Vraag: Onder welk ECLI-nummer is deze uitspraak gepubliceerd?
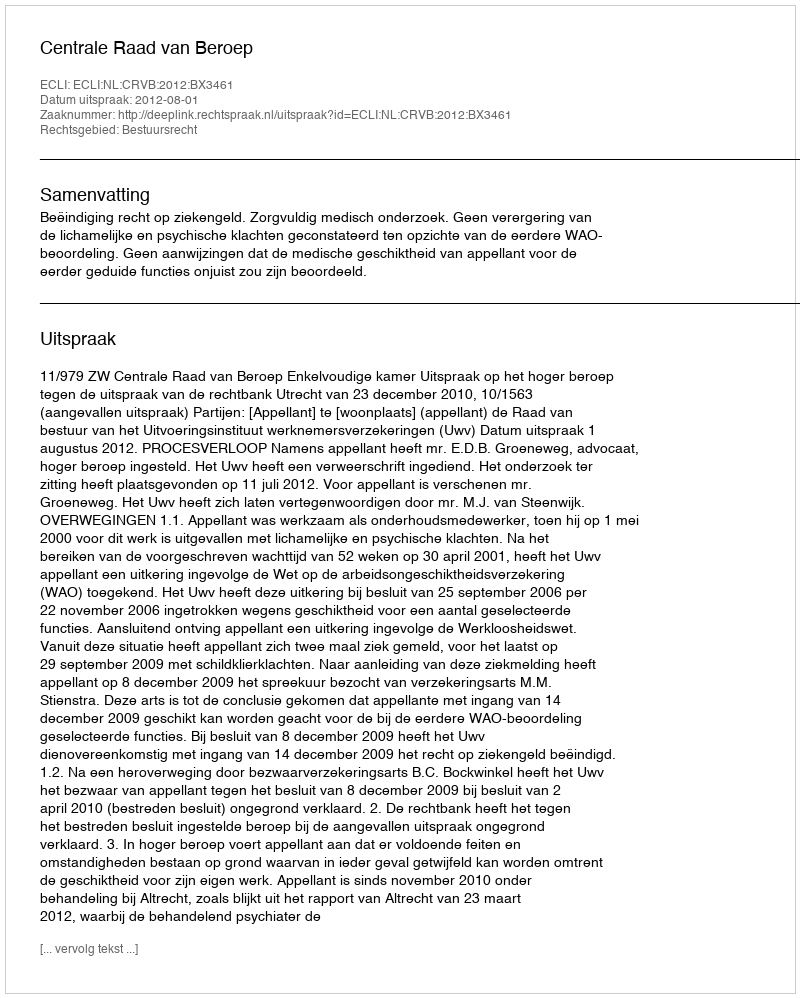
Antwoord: ECLI:NL:CRVB:2012:BX3461